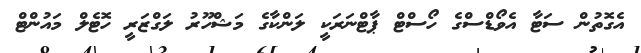
އެގޮތުން ސަޓާ އެވޯޑްސްގެ ހޯސްޓް ޕާޓްނަރަކީ ލަންކާގެ މަޝްހޫރު ލަގްޒަރީ ހޮޓެލް މައުންޓް